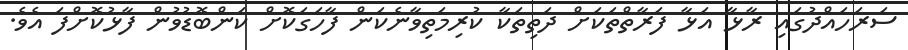
ސަރަހައްދުގައި ރާޅާ އަޅާ ފަރާތްތަކަށް ދަތިތަކާ ކުރިމަތިވާނެކަން ފާހަގަކޮށް ކަންބޮޑުވުން ފާޅުކޮށްފަ އެވެ.